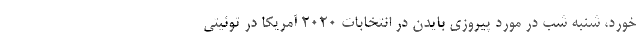
خورد، شنبه شب در مورد پیروزی بایدن در انتخابات ۲۰۲۰ آمریکا در توئیتی